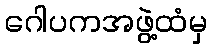
ဂေါပကအဖွဲ့ထံမှ